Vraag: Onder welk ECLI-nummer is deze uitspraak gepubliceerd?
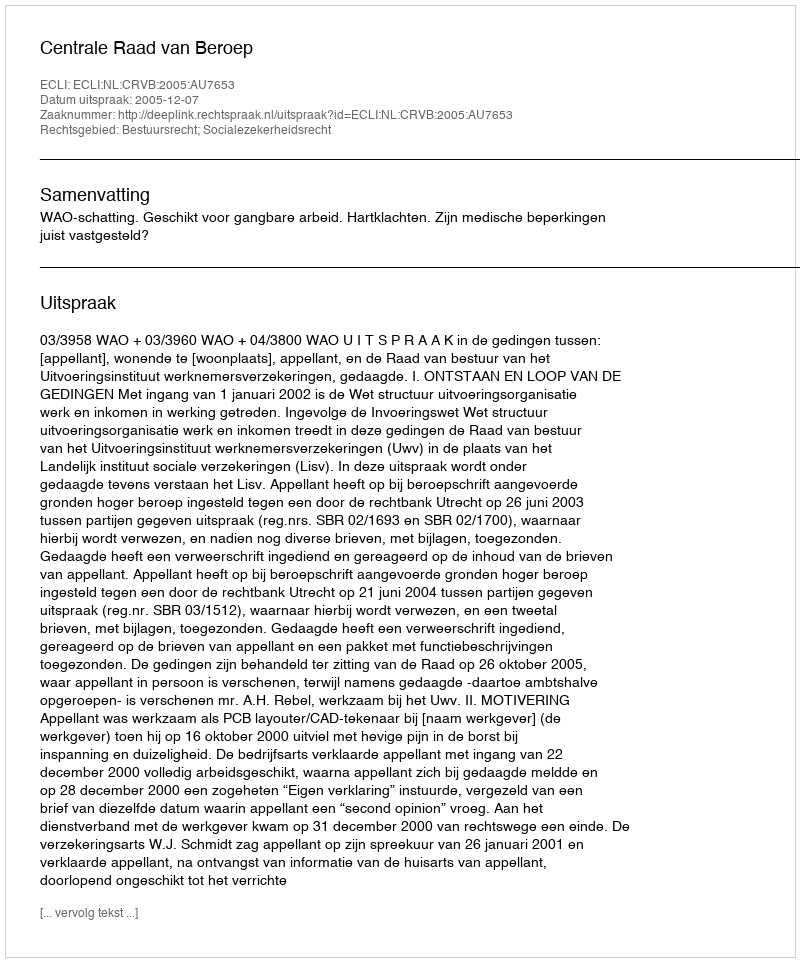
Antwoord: ECLI:NL:CRVB:2005:AU7653